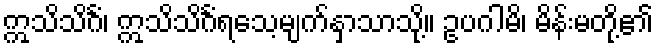
ဣသိသိင်္ဂံ၊ ဣသိသိင်္ဂံရသေ့မျက်နှာသာသို့။ ဥပဂါမိ၊ မိန်းမတို့၏